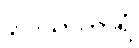
ဒွါဒသာကာရံ